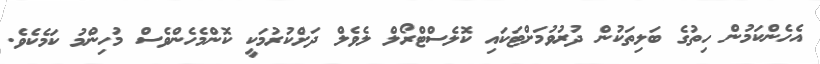
އެހެންކަމުން ހިތުގެ ބަލިތަކުން ދުރުވުމަށްޓަކައި ކޮލެސްޓްރޯލް ލެވެލް ދަށްކުރުމަކީ ކޮންމެހެންވެސް މުހިންމު ކަމެކެވެ.